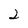
Character: 2